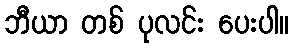
ဘီယာ တစ် ပုလင်း ပေးပါ။